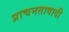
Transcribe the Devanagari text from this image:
प्राचनतावादी